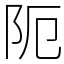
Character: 阨